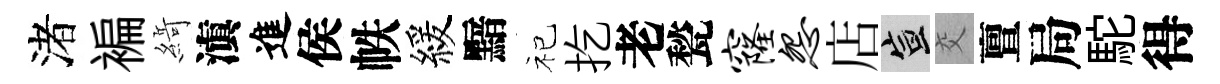
渚褊𦂶滇進侯帙緩黯祀扢老甃窿怨店宣交亶局駝得